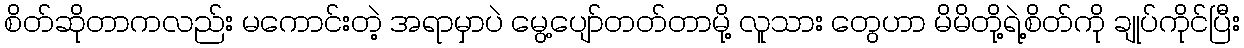
စိတ်ဆိုတာကလည်း မကောင်းတဲ့ အရာမှာပဲ မွေ့ပျော်တတ်တာမို့ လူသား တွေဟာ မိမိတို့ရဲ့စိတ်ကို ချုပ်ကိုင်ပြီး